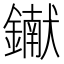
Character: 𨭹